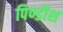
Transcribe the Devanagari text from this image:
पिण्डीश